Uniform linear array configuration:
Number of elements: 24
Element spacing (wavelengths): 0.75
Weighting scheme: cosine
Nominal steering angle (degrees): -45
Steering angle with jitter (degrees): -45.499
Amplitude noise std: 0.05
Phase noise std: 0.05

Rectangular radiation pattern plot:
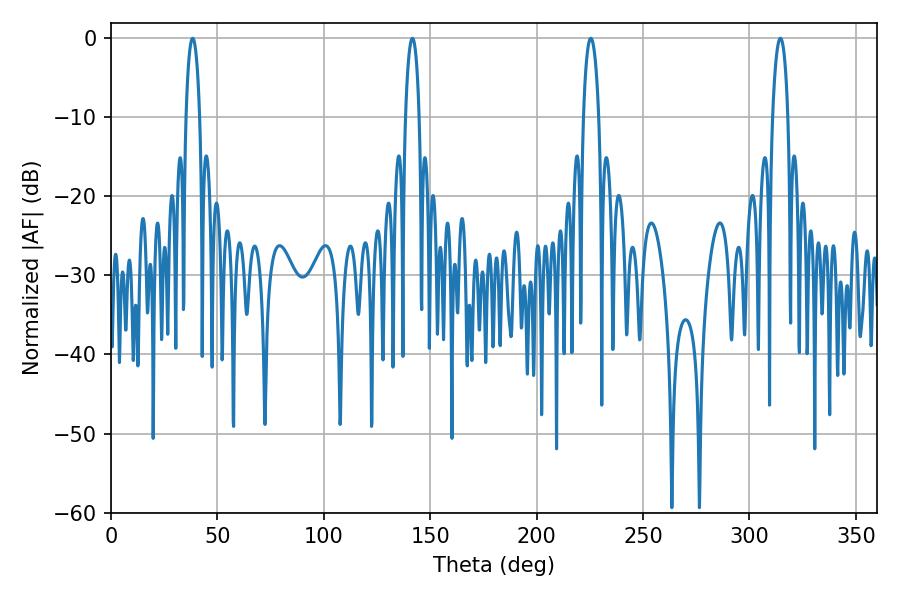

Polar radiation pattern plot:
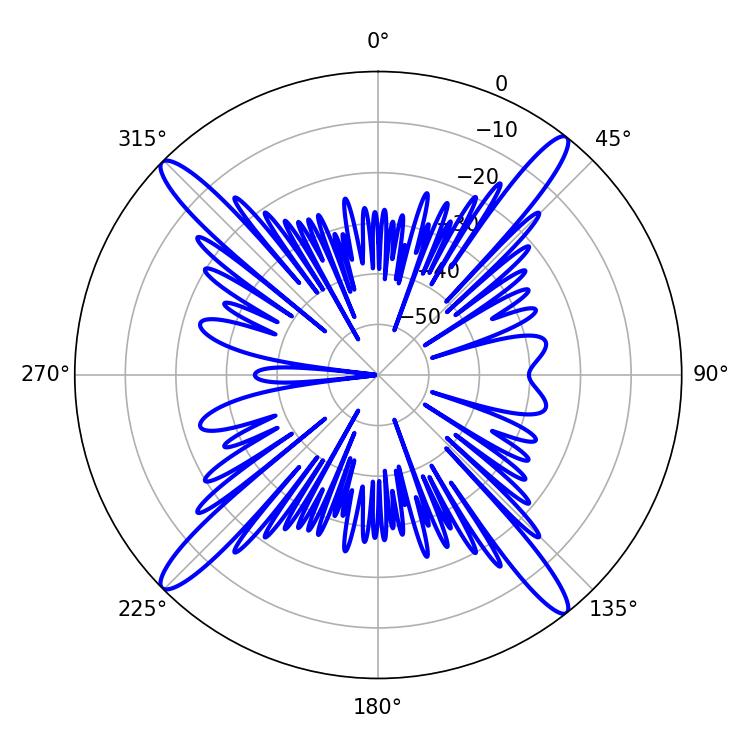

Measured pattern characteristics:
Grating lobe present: TRUE
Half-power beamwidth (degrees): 3.6
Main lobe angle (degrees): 38.34